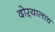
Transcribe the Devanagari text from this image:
दोऱ्यालाच